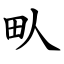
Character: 㽗